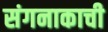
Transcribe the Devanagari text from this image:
संगनाकाची